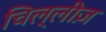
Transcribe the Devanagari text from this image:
चिल्लीज़